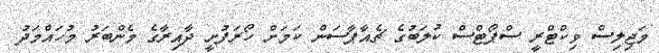
މަޖިލިސް ވިކްޓްރީ ސްޕޯޓްސް ކުލަބުގެ ޗެއާޕާސަން ކަމަށް ހޯރަފުށީ ދާއިރާގެ މެންބަރު މުހައްމަދު